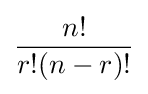
n! \over r!(n-r)!